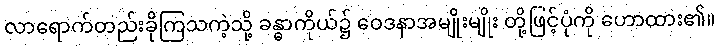
လာရောက်တည်းခိုကြသကဲ့သို့ ခန္ဓာကိုယ်၌ ဝေဒနာအမျိုးမျိုး တို့ဖြင့်ပုံကို ဟောထား၏။